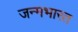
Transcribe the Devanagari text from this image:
जन्मभारत